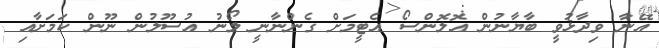
އޭނާ ވިދާޅުވީ ބާޔާނުން އޮލޮންސޯ އެޓީމަށް ގެންނާނީ ލޯނު އުސޫލުން ނޫން ކަމަށާއި